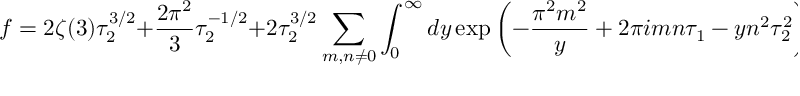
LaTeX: f = 2 \zeta ( 3 ) \tau _ { 2 } ^ { 3 / 2 } + { \frac { 2 \pi ^ { 2 } } { 3 } } \tau _ { 2 } ^ { - 1 / 2 } + 2 \tau _ { 2 } ^ { 3 / 2 } \sum _ { m , n \neq 0 } \int _ { 0 } ^ { \infty } d y \exp \left( - { \frac { \pi ^ { 2 } m ^ { 2 } } { y } } + 2 \pi i m n \tau _ { 1 } - y n ^ { 2 } \tau _ { 2 } ^ { 2 } \right) ,